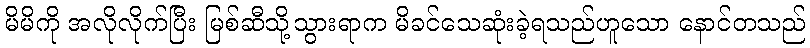
မိမိကို အလိုလိုက်ပြီး မြစ်ဆီသို့သွားရာက မိခင်သေဆုံးခဲ့ရသည်ဟူသော နောင်တသည်